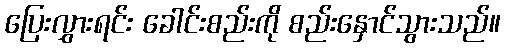
ပြေးလွှားရင်း ခေါင်းစည်းကို စည်းနှောင်သွားသည်။